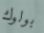
بولوك